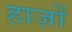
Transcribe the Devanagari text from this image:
हाज़ों